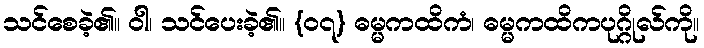
သင်စေခဲ့၏။ ဝါ၊ သင်ပေးခဲ့၏။ {၀၇} ဓမ္မကထိကံ၊ ဓမ္မကထိကပုဂ္ဂိုလ်ကို။